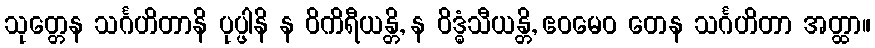
သုတ္တေန သင်္ဂဟိတာနိ ပုပ္ဖါနိ န ဝိကိရီယန္တိ, န ဝိဒ္ဓံသီယန္တိ, ဧဝမေဝ တေန သင်္ဂဟိတာ အတ္ထာ။